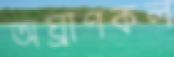
অঘ্রাণকল